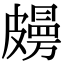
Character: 𥀤